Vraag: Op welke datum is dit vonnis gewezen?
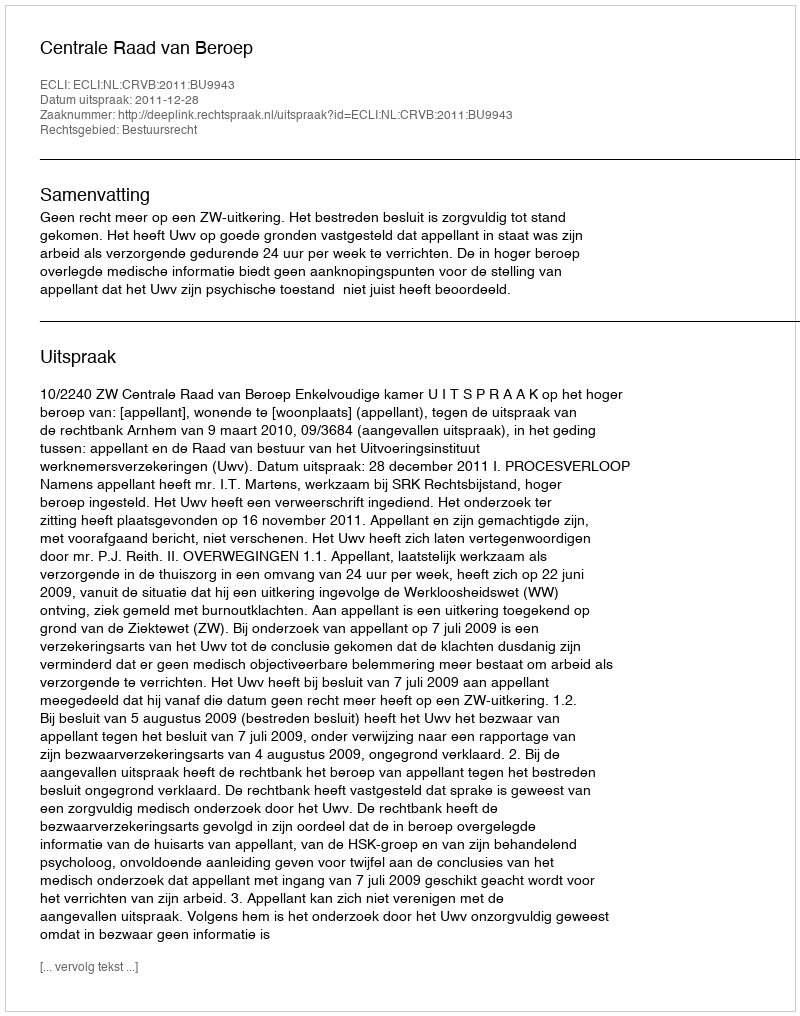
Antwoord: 2011-12-28